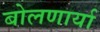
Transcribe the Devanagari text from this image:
बोलणार्या